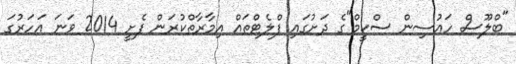
"ބްލޫސް ހައުސިން ސްކީމް"ގެ ދަށުގައި ފްލެޓްތައް އިމާރާތްކުރަން ފެށީ 2014 ވަނަ އަހަރުގަ